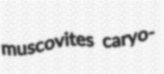
muscovites caryo-